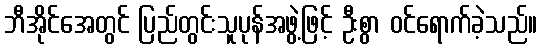
ဘီအိုင်အေတွင် ပြည်တွင်းသူပုန်အဖွဲ့ဖြင့် ဦးစွာ ဝင်ရောက်ခဲ့သည်။